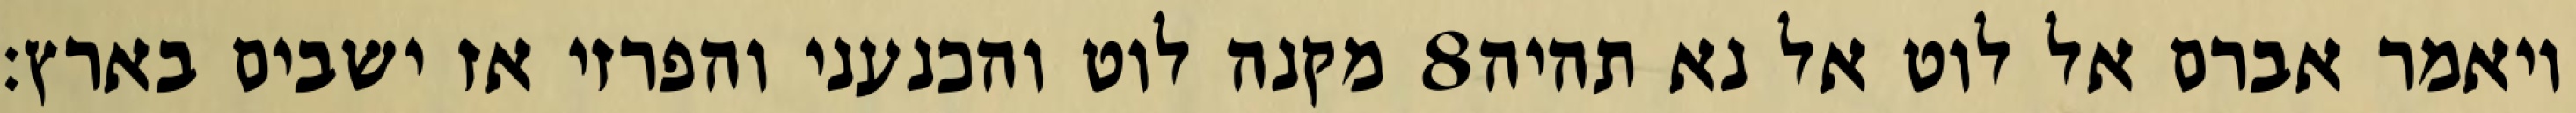
מקנה לוט והכנעני והפרזי אז ישבים בארץ׃ ‎8‏ ויאמר אברם אל לוט אל נא תהיה